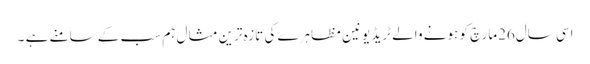
اسی سال26مارچ کو ہونے والے ٹریڈ یونین مظاہرے کی تازہ ترین مثال ہم سب کے سامنے ہے ۔